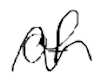
Text: of
Cross-out: wave
Writing tool: digital_black